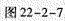
图22-2-7